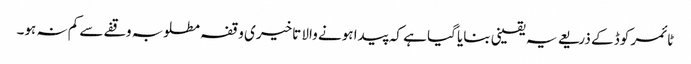
ٹائمر کوڈ کے ذریعے یہ یقینی بنایا گیا ہے کہ پیدا ہونے والا تاخیری وقفہ مطلوبہ وقفے سے کم نہ ہو۔